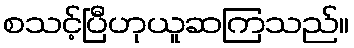
စသင့်ပြီဟုယူဆကြသည်။